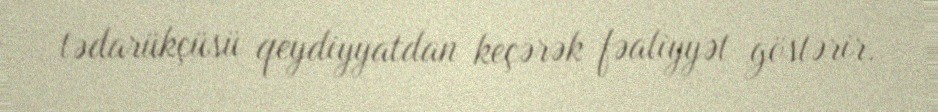
tədarükçüsü qeydiyyatdan keçərək fəaliyyət göstərir.